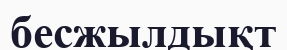
бесжылдықт